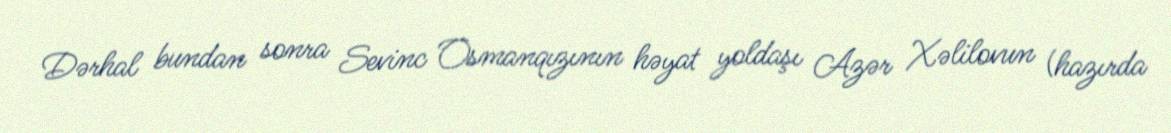
Dərhal bundan sonra Sevinc Osmanqızının həyat yoldaşı Azər Xəlilovun (hazırda